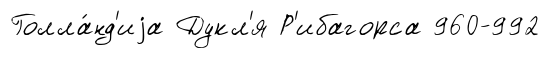
Голла́нд'иjа Дукл'я Р'ибагорса 960-992